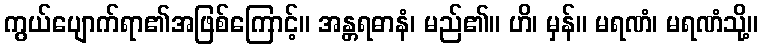
ကွယ်ပျောက်ရာ၏အဖြစ်ကြောင့်။ အန္တရဓာနံ၊ မည်၏။ ဟိ၊ မှန်။ မရဏံ၊ မရဏံသို့။